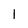
Character: 1